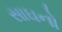
સાઘનો